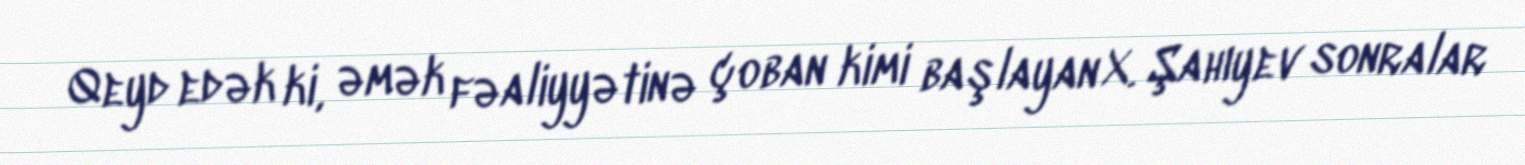
Qeyd edək ki, əmək fəaliyyətinə çoban kimi başlayan X. Şahıyev sonralar